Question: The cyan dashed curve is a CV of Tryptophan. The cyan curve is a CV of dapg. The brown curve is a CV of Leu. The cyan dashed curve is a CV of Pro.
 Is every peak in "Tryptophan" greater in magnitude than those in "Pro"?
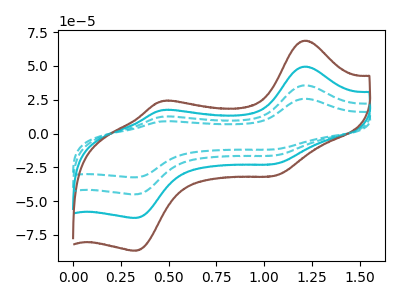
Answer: <think>The cyan dashed curve "Tryptophan" has anodic peaks at (1.20V, 25.70uA) (0.45V, 8.95uA) and cathodic peaks at (1.05V, -11.65uA) (0.35V, -32.45uA). The cyan curve "dapg" has anodic peaks at (1.20V, 71.35uA) (0.45V, 24.80uA) and cathodic peaks at (1.05V, -32.30uA) (0.35V, -90.05uA). The brown curve "Leu" has anodic peaks at (1.20V, 107.00uA) (0.45V, 37.20uA) and cathodic peaks at (1.05V, -48.45uA) (0.35V, -135.05uA). The cyan dashed curve "Pro" has anodic peaks at (1.20V, 35.65uA) (0.45V, 12.40uA) and cathodic peaks at (1.05V, -16.15uA) (0.35V, -45.00uA).</think>
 <answer>Every peak in "Tryptophan" is lower than every peak in "Pro".</answer>
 <eval>lower</eval>